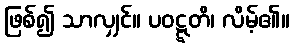
ဖြစ်၍ သာလျှင်။ ပဝဋ္ဋတိ၊ လိမ့်၏။